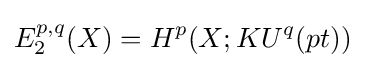
E_{2}^{p,q}(X)=H^{p}(X;KU^{q}(pt))